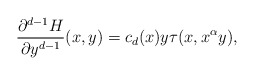
\begin{align*}\frac{\partial^{d-1}H}{\partial y^{d-1}}(x,y)=c_d(x)y \tau(x,x^{\alpha } y),\end{align*}